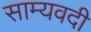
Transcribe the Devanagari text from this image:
साम्यवदी